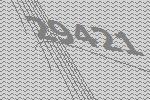
29421